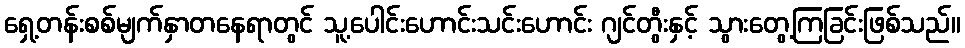
ရှေ့တန်းစစ်မျက်နှာတနေရာတွင် သူ့ပေါင်းဟောင်းသင်းဟောင်း ဂျင်တွီးနှင့် သွားတွေ့ကြခြင်းဖြစ်သည်။